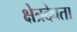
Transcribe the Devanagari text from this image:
क्षेत्रदेवता